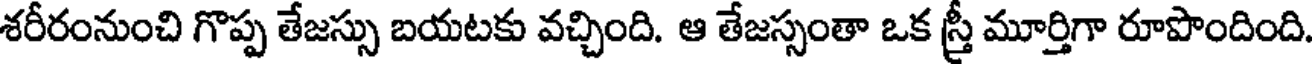
శరీరంనుంచి గొప్ప తేజస్సు బయటకు వచ్చింది. ఆ తేజస్సంతా ఒక స్తీ మూర్తిగా రూపొందింది.